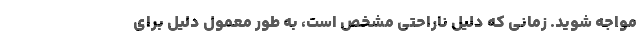
مواجه شوید. زمانی که دلیل ناراحتی مشخص است، به طور معمول دلیل برای